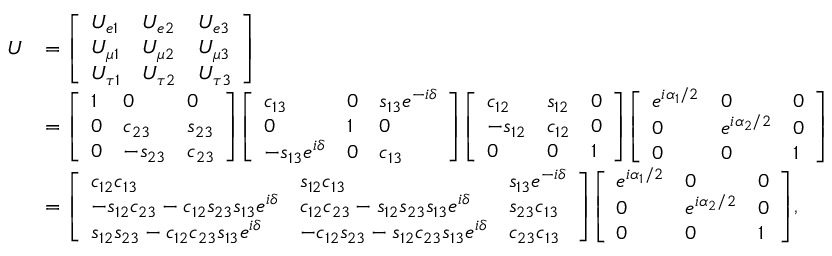
{ \begin{array} { r l } { U } & { = { \left[ \begin{array} { l l l } { U _ { e 1 } } & { U _ { e 2 } } & { U _ { e 3 } } \\ { U _ { \mu 1 } } & { U _ { \mu 2 } } & { U _ { \mu 3 } } \\ { U _ { \tau 1 } } & { U _ { \tau 2 } } & { U _ { \tau 3 } } \end{array} \right] } } \\ & { = { \left[ \begin{array} { l l l } { 1 } & { 0 } & { 0 } \\ { 0 } & { c _ { 2 3 } } & { s _ { 2 3 } } \\ { 0 } & { - s _ { 2 3 } } & { c _ { 2 3 } } \end{array} \right] } { \left[ \begin{array} { l l l } { c _ { 1 3 } } & { 0 } & { s _ { 1 3 } e ^ { - i \delta } } \\ { 0 } & { 1 } & { 0 } \\ { - s _ { 1 3 } e ^ { i \delta } } & { 0 } & { c _ { 1 3 } } \end{array} \right] } { \left[ \begin{array} { l l l } { c _ { 1 2 } } & { s _ { 1 2 } } & { 0 } \\ { - s _ { 1 2 } } & { c _ { 1 2 } } & { 0 } \\ { 0 } & { 0 } & { 1 } \end{array} \right] } { \left[ \begin{array} { l l l } { e ^ { i \alpha _ { 1 } / 2 } } & { 0 } & { 0 } \\ { 0 } & { e ^ { i \alpha _ { 2 } / 2 } } & { 0 } \\ { 0 } & { 0 } & { 1 } \end{array} \right] } } \\ & { = { \left[ \begin{array} { l l l } { c _ { 1 2 } c _ { 1 3 } } & { s _ { 1 2 } c _ { 1 3 } } & { s _ { 1 3 } e ^ { - i \delta } } \\ { - s _ { 1 2 } c _ { 2 3 } - c _ { 1 2 } s _ { 2 3 } s _ { 1 3 } e ^ { i \delta } } & { c _ { 1 2 } c _ { 2 3 } - s _ { 1 2 } s _ { 2 3 } s _ { 1 3 } e ^ { i \delta } } & { s _ { 2 3 } c _ { 1 3 } } \\ { s _ { 1 2 } s _ { 2 3 } - c _ { 1 2 } c _ { 2 3 } s _ { 1 3 } e ^ { i \delta } } & { - c _ { 1 2 } s _ { 2 3 } - s _ { 1 2 } c _ { 2 3 } s _ { 1 3 } e ^ { i \delta } } & { c _ { 2 3 } c _ { 1 3 } } \end{array} \right] } { \left[ \begin{array} { l l l } { e ^ { i \alpha _ { 1 } / 2 } } & { 0 } & { 0 } \\ { 0 } & { e ^ { i \alpha _ { 2 } / 2 } } & { 0 } \\ { 0 } & { 0 } & { 1 } \end{array} \right] } , } \end{array} }